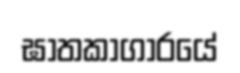
ඝාතකාගාරයේ